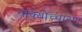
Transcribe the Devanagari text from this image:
वाक्योच्चारण